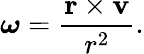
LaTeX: {\boldsymbol{\omega}}={\frac{\mathbf{r}\times\mathbf{v}}{r^{2}}}.